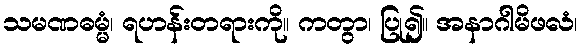
သမဏဓမ္မံ၊ ရဟန်းတရားကို။ ကတွာ၊ ပြု၍။ အနာဂါမိဖလံ၊